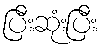
ပြီးဆုံးပြီး